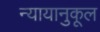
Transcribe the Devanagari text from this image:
न्यायानुकूल